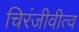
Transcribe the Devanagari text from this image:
चिरंजीवीत्व